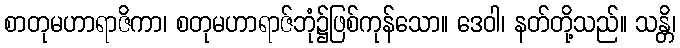
စာတုမဟာရာဇိကာ၊ စတုမဟာရာဇ်ဘုံ၌ဖြစ်ကုန်သော။ ဒေဝါ၊ နတ်တို့သည်။ သန္တိ၊